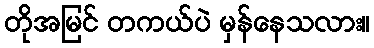
တိုအမြင် တကယ်ပဲ မှန်နေသလား။